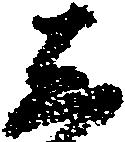
し